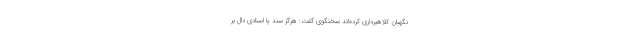
نگهبان کلاهبرداری کرده‌اند سخنگوی گفت: هرگز سند یا اسنادی دال بر